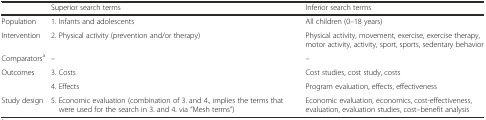
|  | Superior search terms | Inferior search terms |
 | --- | --- | --- |
 | Population | 1. Infants and adolescents | All children (0–18 years) |
 | Intervention | 2. Physical activity (prevention and/or therapy) | Physical activity, movement, exercise, exercise therapy, motor activity, activity, sport, sports, sedentary behavior |
 | Comparatorsa | – | – |
 | <ROWSPAN=2> Outcomes | 3. Costs | Cost studies, cost study, costs |
 | 4. Effects | Program evaluation, effects, effectiveness |
 | Study design | 5. Economic evaluation (combination of 3. and 4., implies the terms that were used for the search in 3. and 4. via “Mesh terms”) | Economic evaluation, economics, cost-effectiveness, evaluation, evaluation studies, cost–benefit analysis |